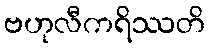
ဗဟုလီကရိဿတိ